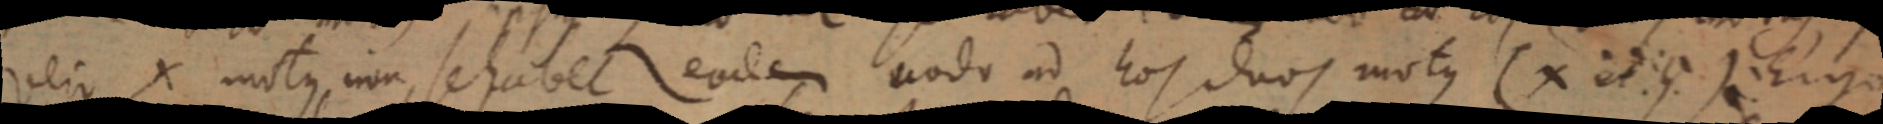
vero X motus non se habet eodem modo ad hoc duos motus (X et Y). Ergo